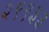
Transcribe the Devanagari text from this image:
२९९३३